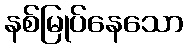
နစ်မြုပ်နေသော